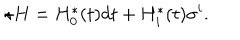
\star H = H _ { 0 } ^ { \ast } ( t ) d t + H _ { i } ^ { \ast } ( t ) \sigma ^ { i } .